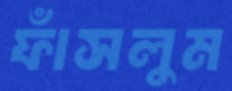
ফাঁসলুম